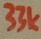
Text: 33k